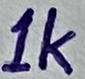
Text: 1K